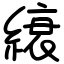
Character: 縗